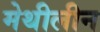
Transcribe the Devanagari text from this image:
मेथीलीन